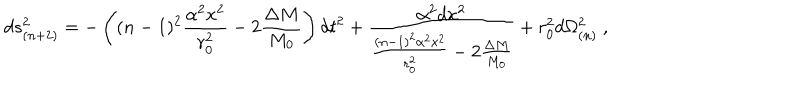
d s _ { ( n + 2 ) } ^ { 2 } = - \left( ( n - 1 ) ^ { 2 } \frac { \alpha ^ { 2 } x ^ { 2 } } { r _ { 0 } ^ { 2 } } - 2 \frac { \Delta M } { M _ { 0 } } \right) d t ^ { 2 } + \frac { \alpha ^ { 2 } d x ^ { 2 } } { \frac { ( n - 1 ) ^ { 2 } \alpha ^ { 2 } x ^ { 2 } } { r _ { 0 } ^ { 2 } } - 2 \frac { \Delta M } { M _ { 0 } } } + r _ { 0 } ^ { 2 } d \Omega _ { ( n ) } ^ { 2 } \ ,